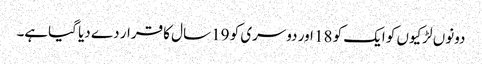
دونوں لڑکیوں کو ایک کو 18 اور دوسری کو 19 سال کا قرار دے دیا گیاہے۔